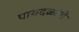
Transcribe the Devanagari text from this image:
पायदळांनी